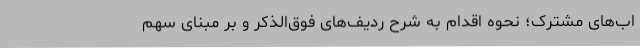
اب‌های مشترک؛ نحوه اقدام به شرح ردیف‌های فوق‌الذکر و بر مبنای سهم